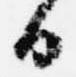
日